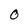
Character: O